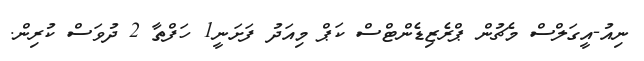
ނިއު-އީގަލްސް މެޗުން ޕްރެޒިޑެންޓްސް ކަޕް މިއަދު ފަށަނީ1 ހަފްތާ 2 ދުވަސް ކުރިން.